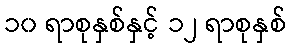
၁၀ ရာစုနှစ်နှင့် ၁၂ ရာစုနှစ်